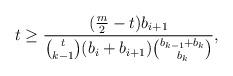
LaTeX: \begin{align*}t\ge \frac{(\frac m2-t)b_{i+1}}{\binom{t}{k-1}(b_i+b_{i+1})\binom{b_{k-1}+b_k}{b_k}},\end{align*}